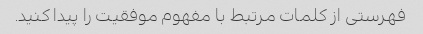
فهرستی از کلمات مرتبط با مفهوم موفقیت را پیدا کنید.